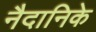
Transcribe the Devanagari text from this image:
नैदानिके